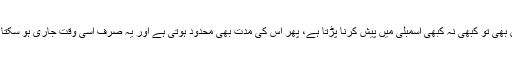
لیکن سوال تو یہ ہے کہ صدارتی آر ڈی نینس بھی تو کبھی نہ کبھی اسمبلی میں پیش کرنا پڑتا ہے، پھر اس کی مدت بھی محدود ہوتی ہے اور یہ صرف اسی وقت جاری ہو سکتا ہے جب قومی اسمبلی کا اجلاس نہ ہو رہا ہو۔